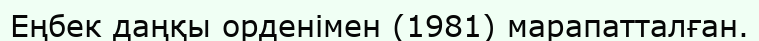
Еңбек даңқы орденімен (1981) марапатталған.